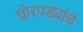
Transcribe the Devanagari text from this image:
घोरपड्यांचे